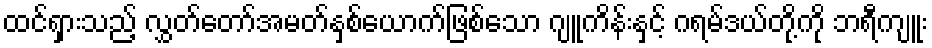
ထင်ရှားသည့် လွှတ်တော်အမတ်နှစ်ယောက်ဖြစ်သော ဂျူကိန်းနှင့် ဂရမ်ဒယ်တို့ကို ဘရီကျူး